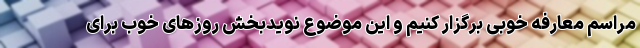
مراسم معارفه خوبی برگزار کنیم و این موضوع نویدبخش روزهای خوب برای